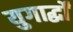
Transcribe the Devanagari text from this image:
युगार्द्धों